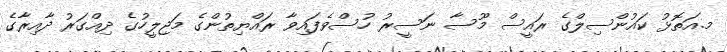
މ.އަތޮޅު ކައުންސިލްގެ ރައީސް މޫސާ ނަސީރު ހުސްވެފައިވާ ރައްޔިތުންގެ މަޖިލީހުގެ ދިއްގަރު ދާއިރާގެ